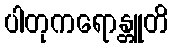
ပါတုကရောန္တူတိ